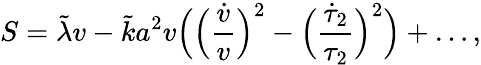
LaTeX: S=\tilde{\lambda}v-\tilde{k}a^{2}v\Bigl(\Bigl(\frac{\dot{v}}{v}\Bigr)^{2}-\Bigl(\frac{\dot{\tau}_{2}}{\tau_{2}}\Bigr)^{2}\Bigr)+\dots,